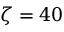
\zeta = 4 0